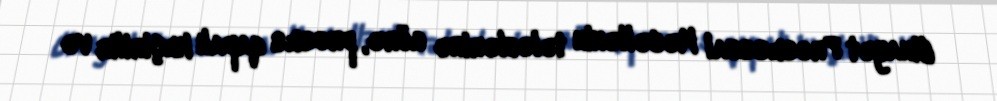
Cinayət Prosessual Məcəllənin tələblərinə görə, proses qapalı keçirilir və